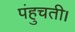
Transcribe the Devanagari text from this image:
पंहुचती।